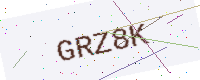
Text: GRZ8K